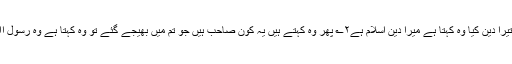
وہ کہتا ہے میرا رب اﷲ ہے پھر کہتے ہیں تیرا دین کیا وہ کہتا ہے میرا دین اسلام ہے۲؎ پھر وہ کہتے ہیں یہ کون صاحب ہیں جو تم میں بھیجے گئے تو وہ کہتا ہے وہ رسول اﷲ صلی اللہ علیہ وسلم ہیں فرشتے کہتے ہیں۔